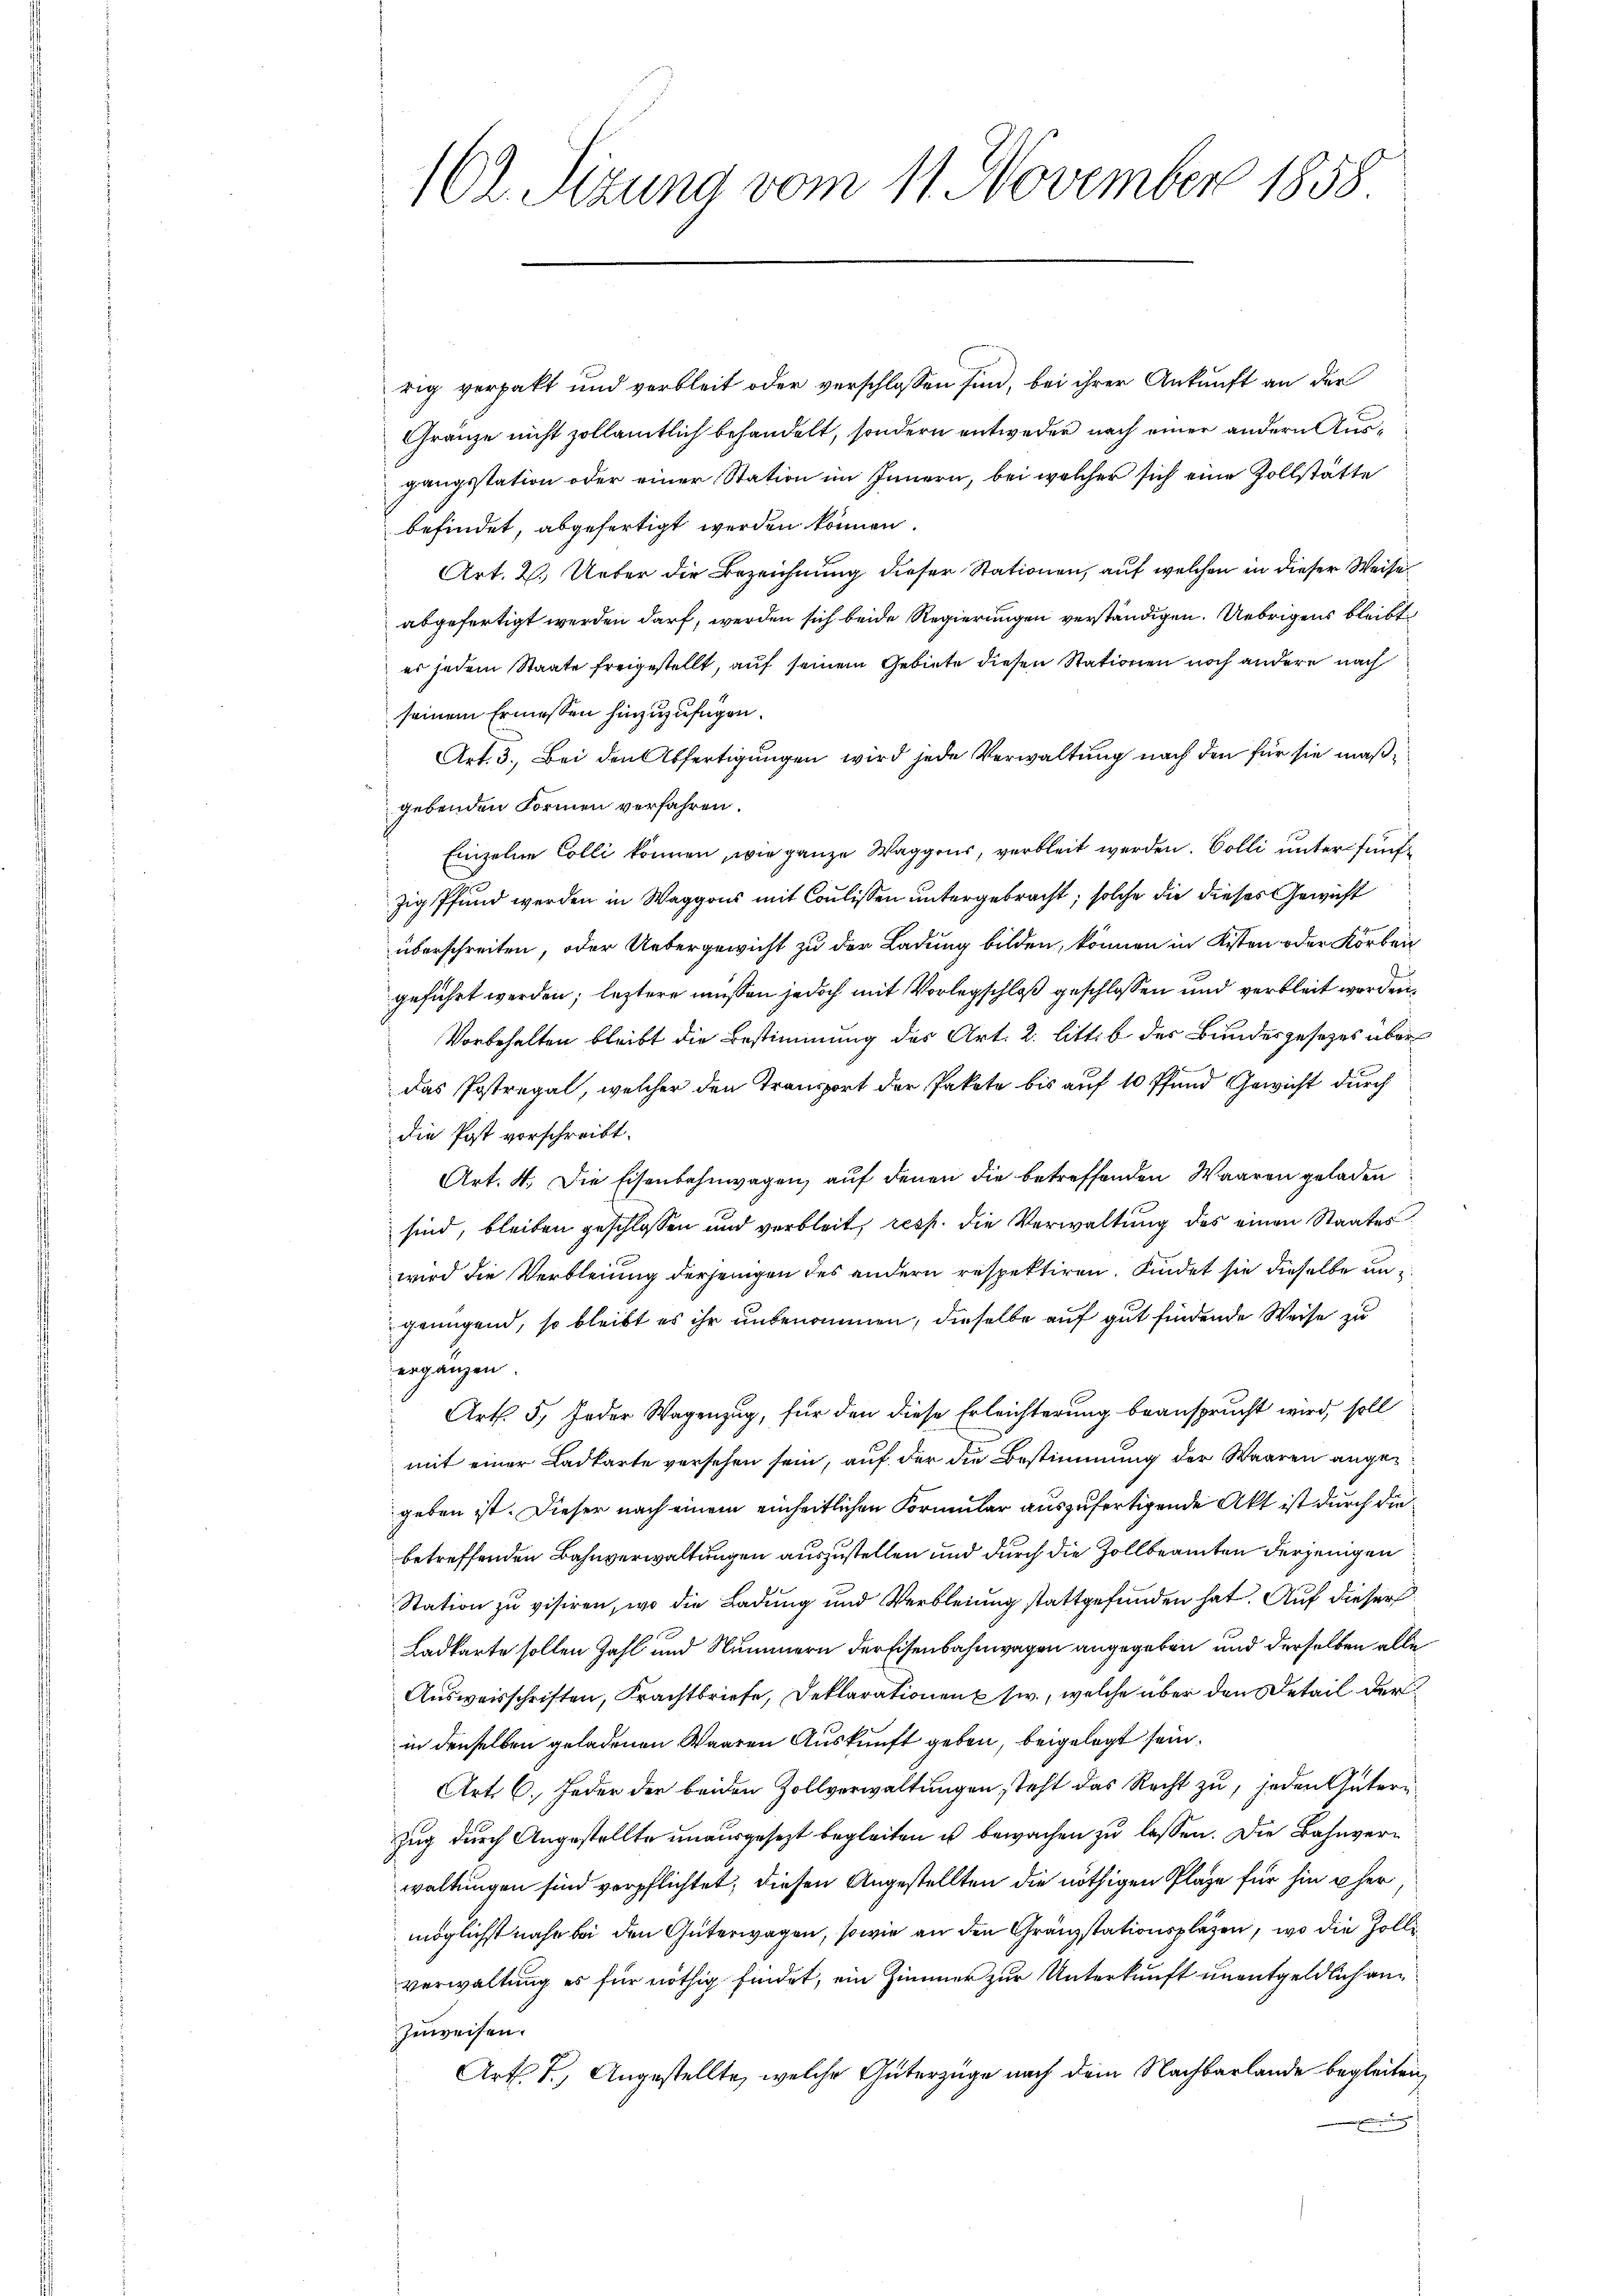
162. Sizung vom 11. November 1858

rig verpakt und verbleit oder verschlossen sind, bei ihrer Ankunft an der
Gränze nicht zollämtlich behandelt, sondern entweder nach einer andern Ausgangsstation oder einer Station im Innern, bei welcher sich eine Zollstätte
befindet, abgefertigt werden können.
Art. 2. Ueber die Bezeichnung dieser Stationen, auf welchen in dieser Weise
abgefertigt werden darf, werden sich beide Regierungen verständigen. Uebrigens bleibt
es jedem Staate freigestellt, auf seinem Gebiete diesen Stationen noch andere nach
seinem Ermessen hinzuzufügen.
Art. 3. Bei den Abfertigungen wird jede Verwaltung nach den für sie maßgebenden Formen verfahren.
Einzelne Colli können, wie ganze Waggons, verbleit werden. Bolli unter fünfzig Pfund werden in Waggons mit Coulissen untergebracht, solche die dieses Gewicht
überschreiten, oder Uebergewicht zu der Ladung bilden, können in Kisten oder Korben
geführt werden; leztere müssen jedoch mit Vorlegschloß geschlossen und verbleit werden,
Vorbehalten bleibt die Bestimmung des Art. 2. littib der Bundesgesetzes über
das Postregal, welcher den Transport der Pakete bis auf 10 Pfund Gewicht durch
die Post vorschreibt.
Art. 4. Die Eisenbahnwagen, auf denen die betreffenden Waaren geladen
sind, bleiben geschlossen und verbleit, resp. die Verwaltung des einen Staates
wird die Verbleiung derjenigen des andern respektiren. Findet sie dieselbe ungenügend, so bleibt es ihr unbenommen, dieselbe auf gut findende Weise zu
erganzen.
Art. 5. Jeder Wagenzug, für den diese Erleichterung beansprucht wird, soll
mit einer Ladkarte versehen sein, auf der die Bestimmung der Waaren angegeben ist. Dieser nach einem einheitlichen Formular auszufertigende Akt ist durch die
betreffenden Bahnverwaltungen auszustellen und durch die Zollbeamten derjenigen
Station zu visiren, wo die Ladung und Verbleiung stattgefunden hat. Auf dieser
Ladkarte sollen Zahl und Nummern der Eisenbahnwagen angegeben und derselben alle
Ausweisschriften, Frachtbriefe, Deklarationen usw., welche über den Detail der
in denselben geladenen Waaren Auskunft geben, beigelegt sein.
Art. 6. Jeder der beiden Zollverwaltungen steht das Recht zu, jeden Gütern
Zug durch Angestellte unausgesezt begleiten u bewachen zu lassen. Die Bahnverwaltungen sind verpflichtet, diesen Angestellten die nöthigen Plaze für hin eher,
möglichst nahe bei den Güterwagen, sowie an den Gränzstationsplazen, wo die Zolliverwaltung es für nöthig findet, ein Zimmer zur Unterkunft unentgeldlich anzuweisen.
Arth. T., Angestellte, welche Güterzüge nach dem Nachbarlände begleiten,
.